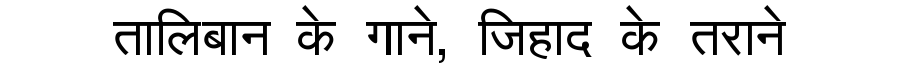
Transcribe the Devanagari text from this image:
तालिबान के गाने, जिहाद के तराने